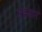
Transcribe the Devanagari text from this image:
भद्रजन